画像に写った文字を読んでください
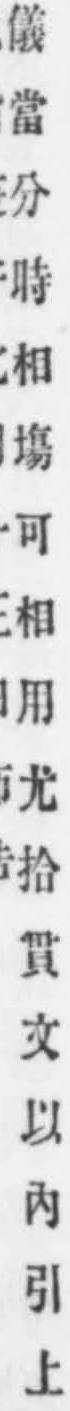
「儀當分時相塲可相用尤拾貫文以內引上」と書いてあります